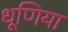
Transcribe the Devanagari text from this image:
धूणिया